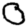
Digit: 0